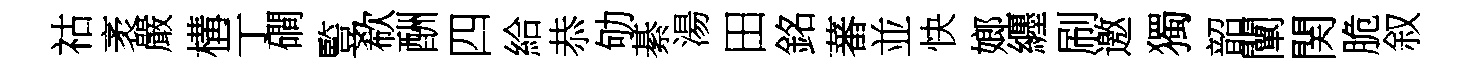
祜袤嚴構亍磵䜿欷酬四給恭劬綦湯田銘蕃並快嫏纒刷邀獨韶闡関脆叙